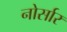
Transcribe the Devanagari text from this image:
नोर्सार